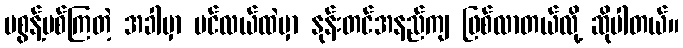
မစွန့်ပစ်ကြတဲ့ အခါမှာ ပင်လယ်ထဲမှာ နုန်းတင်အနည်ကျ ဖြစ်လာတယ်လို့ ဆိုပါတယ်။